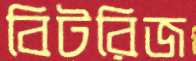
বিটরিজ